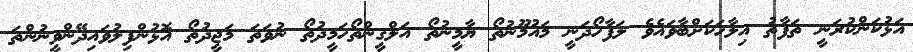
އަޅުކަންކުރަނީ ތަފާތު އިލާހަކަށްބާވައެވެ ލަފާހޯދަނީ މައުމޫނުތޯ ޔާމީނުތޯ އަލްގީންތޯހަމީދުތޯ ނުވަތަ މަޖީދުތޯ އޮޅުންފިލުވައިދޭންވީނުންތަ